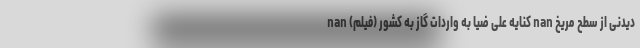
دیدنی از سطح مریخ nan کنایه علی ضیا به واردات گاز به کشور (فیلم) nan